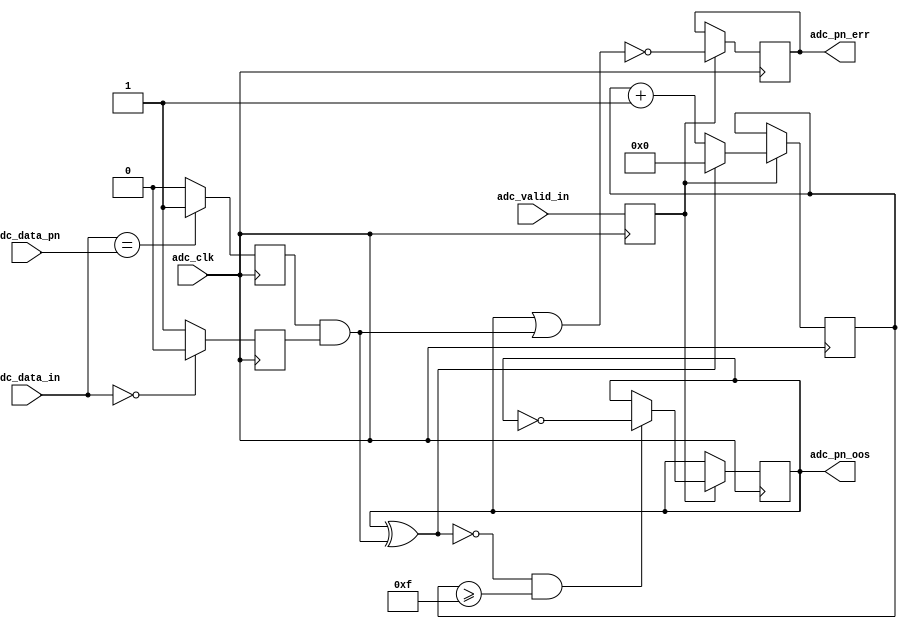
// ***************************************************************************
// ***************************************************************************
// Copyright 2011(c) Analog Devices, Inc.
// 
// All rights reserved.
// 
// Redistribution and use in source and binary forms, with or without modification,
// are permitted provided that the following conditions are met:
//     - Redistributions of source code must retain the above copyright
//       notice, this list of conditions and the following disclaimer.
//     - Redistributions in binary form must reproduce the above copyright
//       notice, this list of conditions and the following disclaimer in
//       the documentation and/or other materials provided with the
//       distribution.
//     - Neither the name of Analog Devices, Inc. nor the names of its
//       contributors may be used to endorse or promote products derived
//       from this software without specific prior written permission.
//     - The use of this software may or may not infringe the patent rights
//       of one or more patent holders.  This license does not release you
//       from the requirement that you obtain separate licenses from these
//       patent holders to use this software.
//     - Use of the software either in source or binary form, must be run
//       on or directly connected to an Analog Devices Inc. component.
//    
// THIS SOFTWARE IS PROVIDED BY ANALOG DEVICES "AS IS" AND ANY EXPRESS OR IMPLIED WARRANTIES,
// INCLUDING, BUT NOT LIMITED TO, NON-INFRINGEMENT, MERCHANTABILITY AND FITNESS FOR A
// PARTICULAR PURPOSE ARE DISCLAIMED.
//
// IN NO EVENT SHALL ANALOG DEVICES BE LIABLE FOR ANY DIRECT, INDIRECT, INCIDENTAL, SPECIAL,
// EXEMPLARY, OR CONSEQUENTIAL DAMAGES (INCLUDING, BUT NOT LIMITED TO, INTELLECTUAL PROPERTY
// RIGHTS, PROCUREMENT OF SUBSTITUTE GOODS OR SERVICES; LOSS OF USE, DATA, OR PROFITS; OR 
// BUSINESS INTERRUPTION) HOWEVER CAUSED AND ON ANY THEORY OF LIABILITY, WHETHER IN CONTRACT,
// STRICT LIABILITY, OR TORT (INCLUDING NEGLIGENCE OR OTHERWISE) ARISING IN ANY WAY OUT OF 
// THE USE OF THIS SOFTWARE, EVEN IF ADVISED OF THE POSSIBILITY OF SUCH DAMAGE.
// ***************************************************************************
// ***************************************************************************
// ***************************************************************************
// ***************************************************************************
// PN monitors

`timescale 1ns/100ps

module ad_pnmon (

  // adc interface

  adc_clk,
  adc_valid_in,
  adc_data_in,
  adc_data_pn,

  // pn out of sync and error

  adc_pn_oos,
  adc_pn_err);

  // parameters

  parameter DATA_WIDTH = 16;
  localparam DW = DATA_WIDTH - 1;

  // adc interface

  input           adc_clk;
  input           adc_valid_in;
  input   [DW:0]  adc_data_in;
  input   [DW:0]  adc_data_pn;

  // pn out of sync and error

  output          adc_pn_oos;
  output          adc_pn_err;

  // internal registers

  reg             adc_valid_d = 'd0;
  reg             adc_pn_match_d = 'd0;
  reg             adc_pn_match_z = 'd0;
  reg             adc_pn_err = 'd0;
  reg             adc_pn_oos = 'd0;
  reg     [ 3:0]  adc_pn_oos_count = 'd0;

  // internal signals

  wire            adc_pn_match_d_s;
  wire            adc_pn_match_z_s;
  wire            adc_pn_match_s;
  wire            adc_pn_update_s;
  wire            adc_pn_err_s;

  // make sure data is not 0, sequence will fail.

  assign adc_pn_match_d_s = (adc_data_in == adc_data_pn) ? 1'b1 : 1'b0;
  assign adc_pn_match_z_s = (adc_data_in == 'd0) ? 1'b0 : 1'b1;
  assign adc_pn_match_s = adc_pn_match_d & adc_pn_match_z;
  assign adc_pn_update_s = ~(adc_pn_oos ^ adc_pn_match_s);
  assign adc_pn_err_s = ~(adc_pn_oos | adc_pn_match_s);

  // pn oos and counters (16 to clear and set).

  always @(posedge adc_clk) begin
    adc_valid_d <= adc_valid_in;
    adc_pn_match_d <= adc_pn_match_d_s;
    adc_pn_match_z <= adc_pn_match_z_s;
    if (adc_valid_d == 1'b1) begin
      adc_pn_err <= adc_pn_err_s;
      if ((adc_pn_update_s == 1'b1) && (adc_pn_oos_count >= 15)) begin
        adc_pn_oos <= ~adc_pn_oos;
      end
      if (adc_pn_update_s == 1'b1) begin
        adc_pn_oos_count <= adc_pn_oos_count + 1'b1;
      end else begin
        adc_pn_oos_count <= 'd0;
      end
    end
  end

endmodule

// ***************************************************************************
// ***************************************************************************